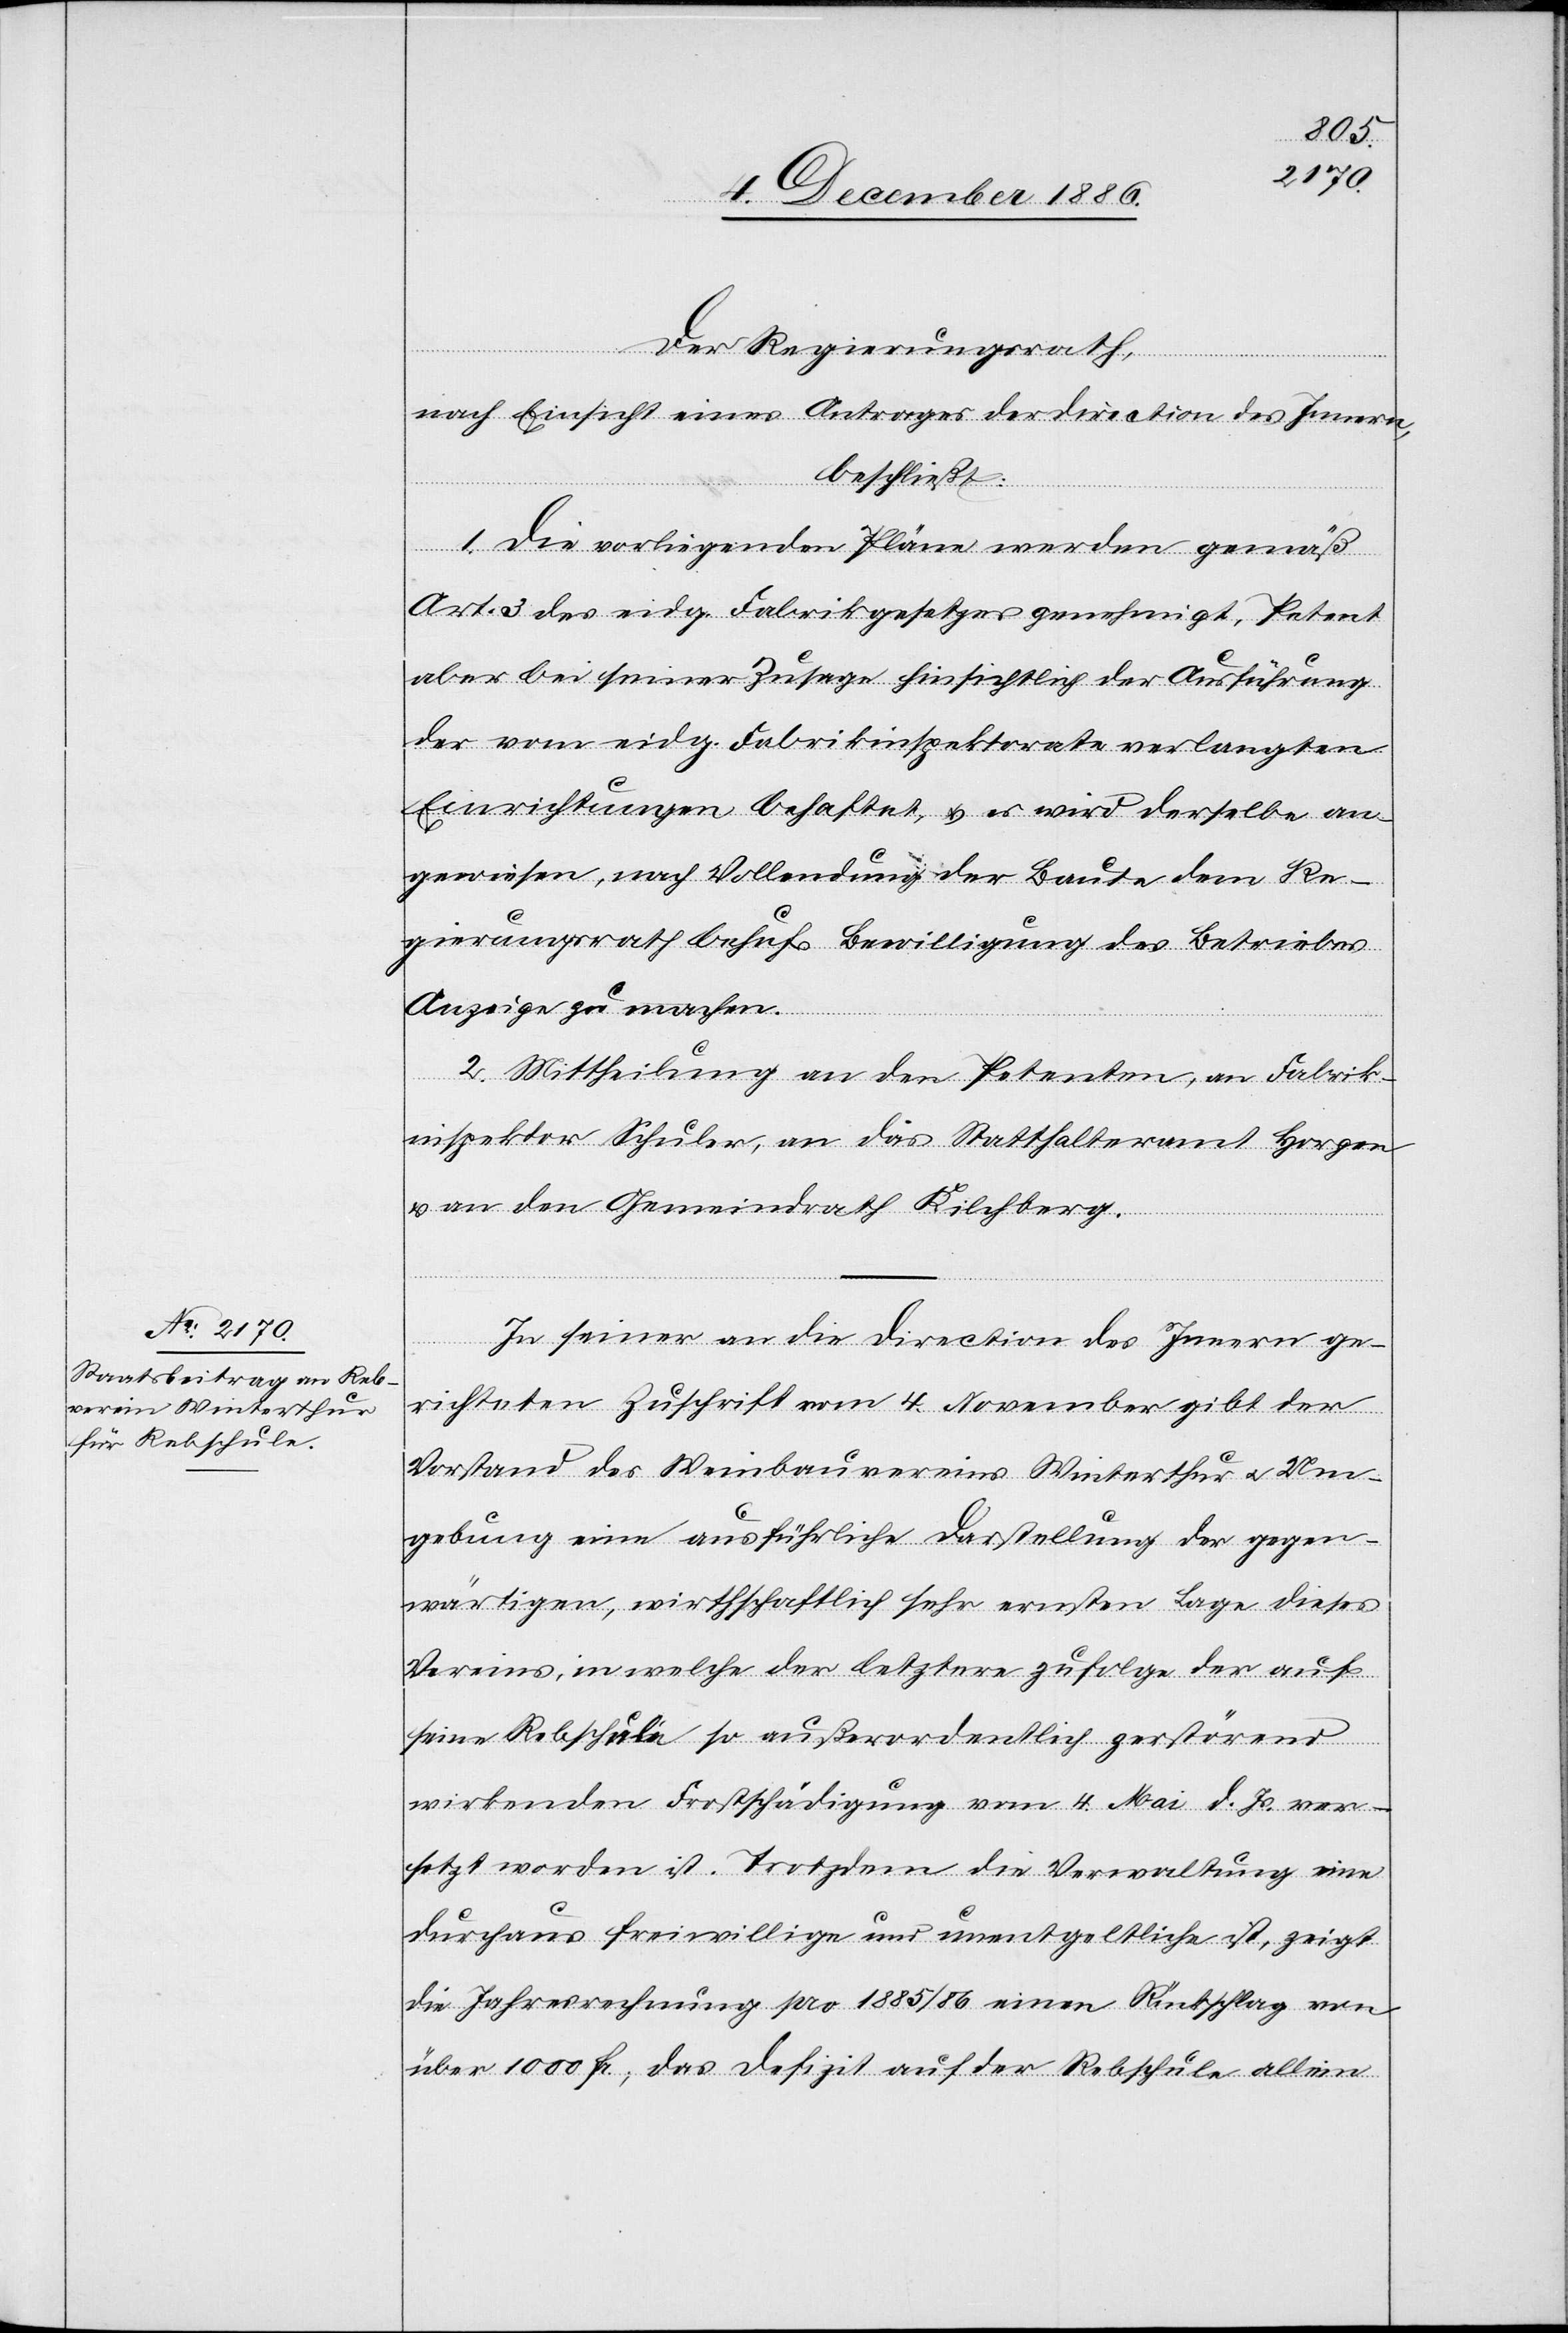
Der Regierungsrath,
nach Einsicht eines Antrages der Direction des Innern,
beschließt:
1. Die vorliegenden Pläne werden gemäß
Art. 3 des eidg. Fabrikgesetzes genehmigt, Petent
aber bei seiner Zusage hinsichtlich der Ausführung
der vom eidg. Fabrikinspektorate verlangten
Einrichtungen behaftet, & es wird derselbe an¬
gewiesen, nach Vollendung der Baute dem Re¬
gierungsrath behufs Bewilligung des Betriebes
Anzeige zu machen.
2. Mittheilung an den Petenten, an Fabrik¬
inspektor Schuler, an das Statthalteramt Horgen
& an den Gemeindrath Kilchberg.
In seiner an die Direction des Innern ge¬
richteten Zuschrift vom 4. November gibt der
Vorstand des Weinbauvereins Winterthur & Um¬
gebung eine ausführliche Darstellung der gegen¬
wärtigen, wirthschaftlich sehr ernsten Lage dieses
Vereins, in welche der letztere zufolge der auf
seine Rebschule so außerordentlich zerstörend
wirkenden Frostschädigung vom 4. Mai d. Js. ver¬
setzt worden ist. Trotzdem die Verwaltung eine
durchaus freiwillige und unentgeltliche ist, zeigt
die Jahresrechnung pro 1885/86 einen Rückschlag von
über 1000 Fr., das Defizit auf der Rebschule allein